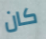
كان